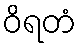
ဝိရတံ